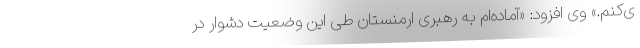
ی‌کنم.» وی افزود: «آماده‌ام به رهبری ارمنستان طی این وضعیت دشوار در